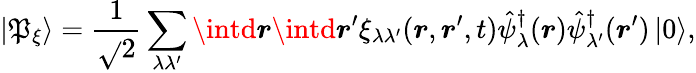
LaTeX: \left|\mathfrak{P}_{\xi}\right\rangle=\frac{{1}}{{\sqrt{}{{2}}}}\sum_{\lambda\lambda^{\prime}}\intd\boldsymbol{r}\intd\boldsymbol{r}^{\prime}\xi_{\lambda\lambda^{\prime}}(\boldsymbol{r},\boldsymbol{r}^{\prime},t)\hat{{\psi}}_{\lambda}^{\dagger}(\boldsymbol{r})\hat{{\psi}}_{\lambda^{\prime}}^{\dagger}(\boldsymbol{r}^{\prime})\left|0\right\rangle,